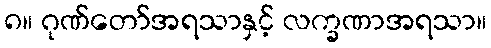
၈။ ဂုဏ်တော်အရသာနှင့် လက္ခဏာအရသာ။